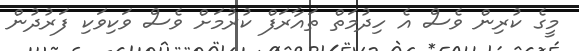
މީގެ ކުރިން ވެސް އެ ހިދުމަތް ތައާރަފް ކުރުމަށް ވެސް ވަކިވަކި ފަރުދުން